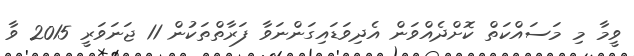
ވީމާ މި މަސައްކަތް ކޮށްދެއްވަން އެދިވަޑައިގަންނަވާ ފަރާތްތަކުން 11 ޖަނަވަރީ 2015 ވާ